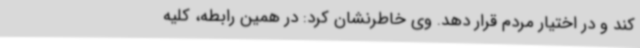
کند و در اختیار مردم قرار دهد. وی خاطرنشان کرد: در همین رابطه، کلیه